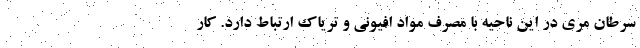
سرطان مری در این ناحیه با مصرف مواد افیونی و تریاک ارتباط دارد. کار